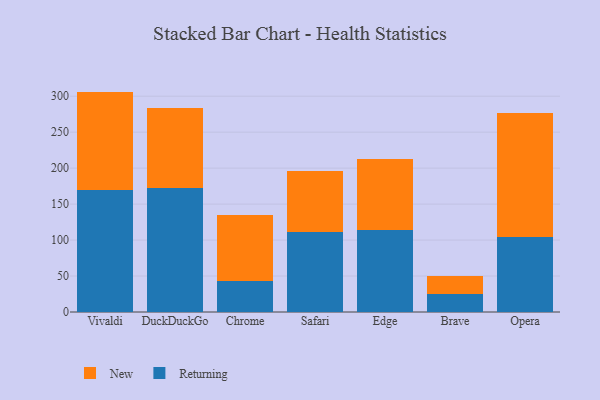
{"axis": {"x": "Browser", "y": "Budget (USD K)"}, "legend": ["New", "Returning"], "data": [{"x": "Vivaldi", "y": 170.0, "type": "Returning"}, {"x": "Vivaldi", "y": 136.4, "type": "New"}, {"x": "DuckDuckGo", "y": 171.8, "type": "Returning"}, {"x": "DuckDuckGo", "y": 112.0, "type": "New"}, {"x": "Chrome", "y": 43.3, "type": "Returning"}, {"x": "Chrome", "y": 91.4, "type": "New"}, {"x": "Safari", "y": 110.8, "type": "Returning"}, {"x": "Safari", "y": 85.4, "type": "New"}, {"x": "Edge", "y": 114.1, "type": "Returning"}, {"x": "Edge", "y": 98.6, "type": "New"}, {"x": "Brave", "y": 25.2, "type": "Returning"}, {"x": "Brave", "y": 24.2, "type": "New"}, {"x": "Opera", "y": 104.4, "type": "Returning"}, {"x": "Opera", "y": 171.6, "type": "New"}]}